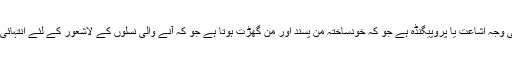
متضاد تاریخ کی وجہ اشاعت یا پروپیگنڈہ ہے جو کہ خودساختہ من پسند اور من گھڑت ہوتا ہے جو کہ آنے والی نسلوں کے لاشعور کے لئے انتہائی مہلک ہوتا ہے۔